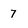
Character: 7